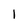
Character: 1